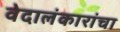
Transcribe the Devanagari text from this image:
वेदालंकारांचा